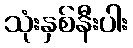
သုံးနှစ်နီးပါး